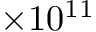
\times 1 0 ^ { 1 1 }